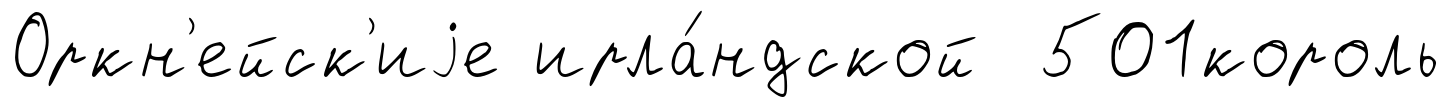
Оркн'ейск'иjе ирла́ндской 501король